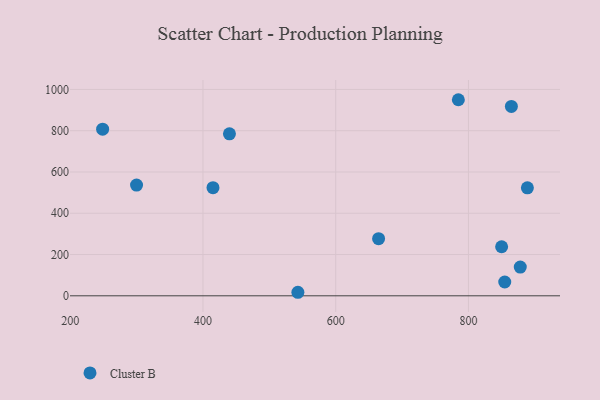
{"axis": {"x": "Investment", "y": "Fuel Efficiency"}, "legend": ["Cluster B"], "data": [{"x": "888.8", "y": 523.1, "type": "Cluster B"}, {"x": "248.8", "y": 807.5, "type": "Cluster B"}, {"x": "415.1", "y": 523.9, "type": "Cluster B"}, {"x": "864.7", "y": 917.6, "type": "Cluster B"}, {"x": "878.1", "y": 139.3, "type": "Cluster B"}, {"x": "664.6", "y": 277.0, "type": "Cluster B"}, {"x": "299.9", "y": 536.7, "type": "Cluster B"}, {"x": "784.8", "y": 950.2, "type": "Cluster B"}, {"x": "850.0", "y": 237.7, "type": "Cluster B"}, {"x": "543.0", "y": 17.1, "type": "Cluster B"}, {"x": "854.7", "y": 66.9, "type": "Cluster B"}, {"x": "439.9", "y": 784.8, "type": "Cluster B"}]}